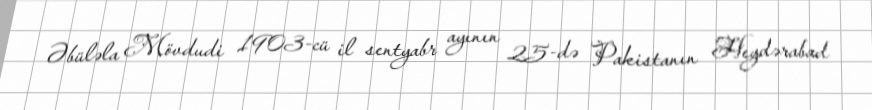
Əbüləla Mövdudi 1903-cü il sentyabr ayının 25-də Pakistanın Heydərabad